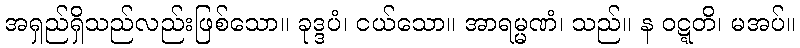
အရှည်ရှိသည်လည်းဖြစ်သော။ ခုဒ္ဒပံ၊ ငယ်သော။ အာရမ္မဏံ၊ သည်။ န ဝဋ္ဋတိ၊ မအပ်။